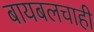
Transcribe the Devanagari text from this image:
बायबलचाही